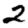
Digit: 2